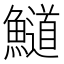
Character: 𲍁